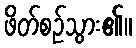
ဖိတ်စဉ်သွား၏။